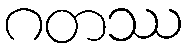
ဂတဿ